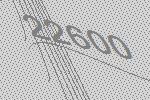
22600